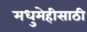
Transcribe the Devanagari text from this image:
मधुमेहीसाठी